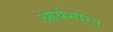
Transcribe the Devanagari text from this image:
आर्यभारत